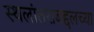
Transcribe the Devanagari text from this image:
स्थलांतराबद्दलच्या